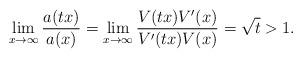
LaTeX: \begin{align*}\lim_{x\to\infty}\dfrac{a(tx)}{a(x)}=\lim_{x\to\infty}\dfrac{V(tx)V^{\prime}(x)}{V^{\prime}(tx)V(x)}=\sqrt{t}>1.\end{align*}